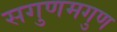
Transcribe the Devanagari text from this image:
सगुणमगुण